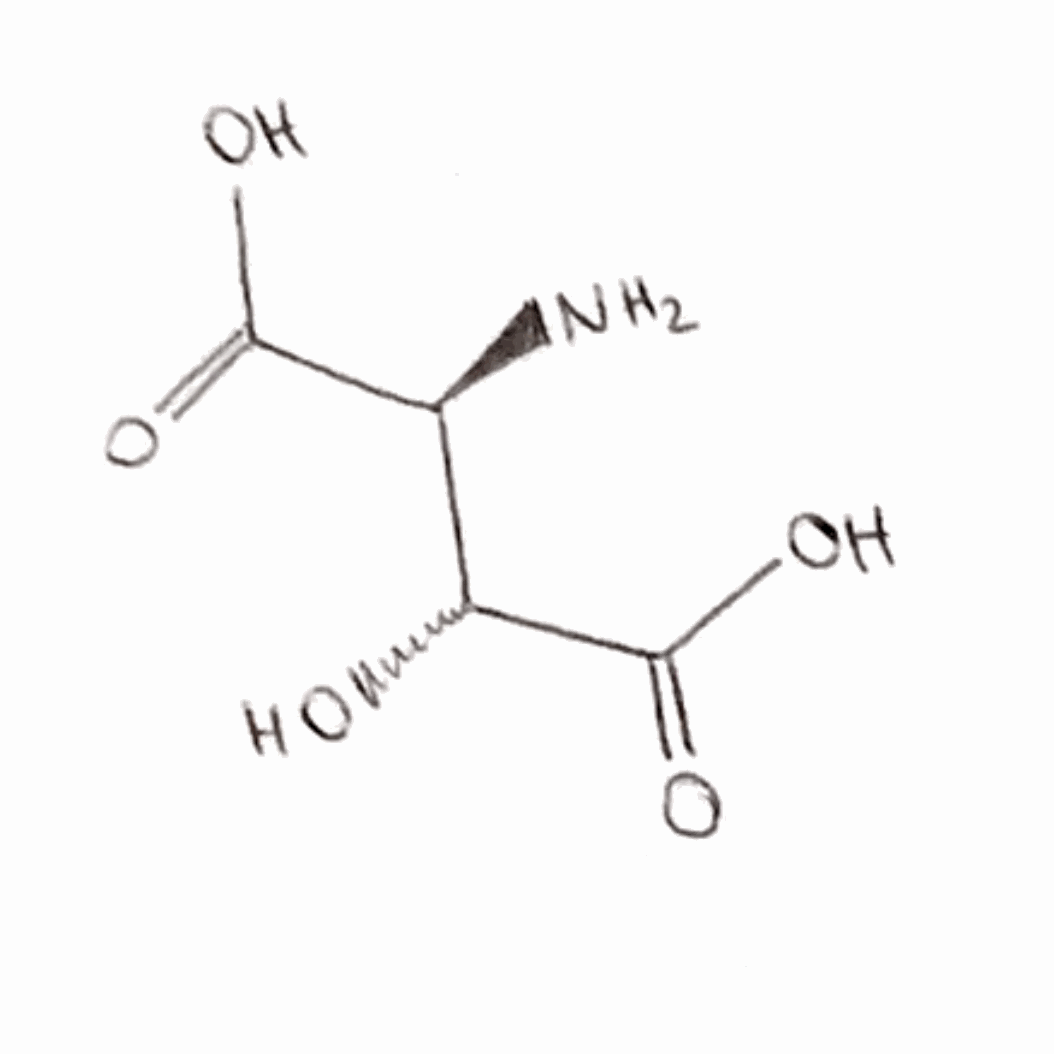
Simplified molecular-input line-entry system (SMILES) notation of the given molecule:
[C@H]([C@H](C(=O)O)O)(C(=O)O)N